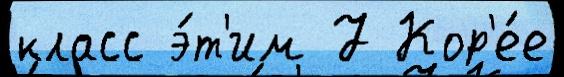
класс э́т'им 7 Кор'е́е